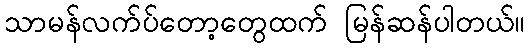
သာမန်လက်ပ်တော့တွေထက် မြန်ဆန်ပါတယ်။